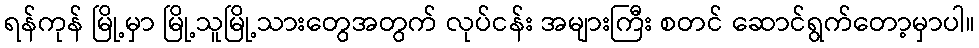
ရန်ကုန် မြို့မှာ မြို့သူမြို့သားတွေအတွက် လုပ်ငန်း အများကြီး စတင် ဆောင်ရွက်တော့မှာပါ။